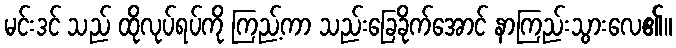
မင်းဒင် သည် ထိုလုပ်ရပ်ကို ကြည့်ကာ သည်းခြေခိုက်အောင် နာကြည်းသွားလေ၏။